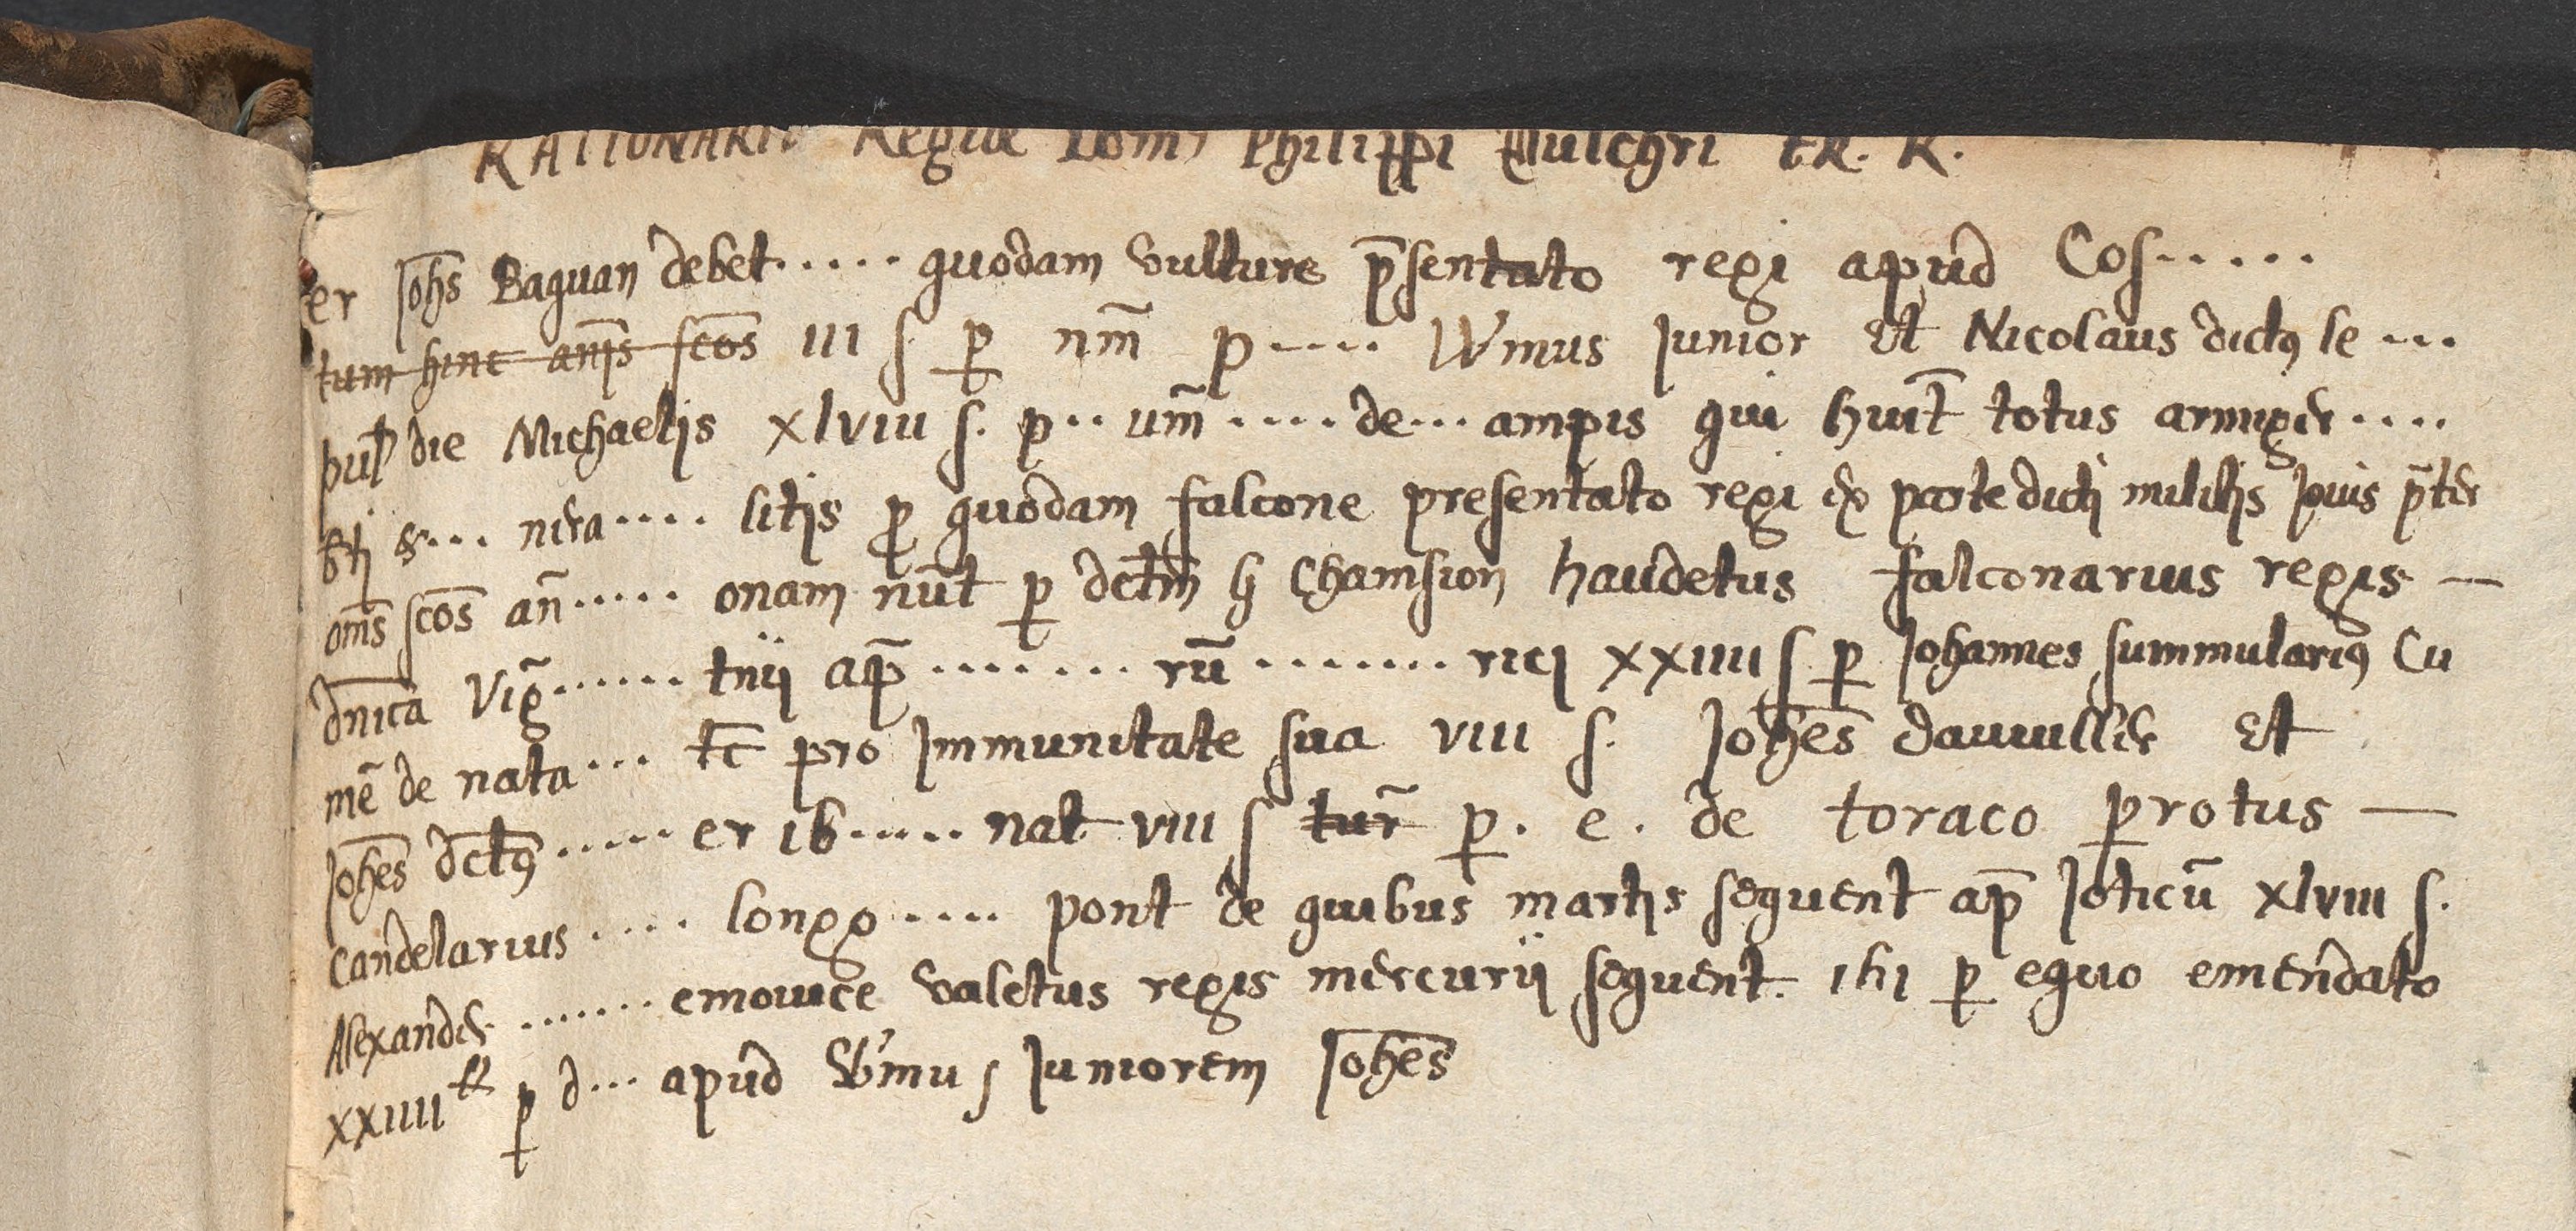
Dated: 1306–1309